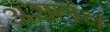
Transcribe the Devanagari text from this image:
असलंच